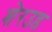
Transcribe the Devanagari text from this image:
शेरउड